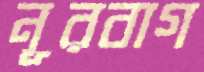
নূরবাগ